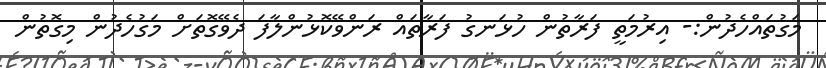
މަގުތައްހެދުން:- އިރުމަތީ ފަރާތުން ހުޅަނގު ފަރާތައް ރަންވޭކޮޅުންލާފަ ދެވޭގޮތަށް މަގުހެދުން މިގޮތުން